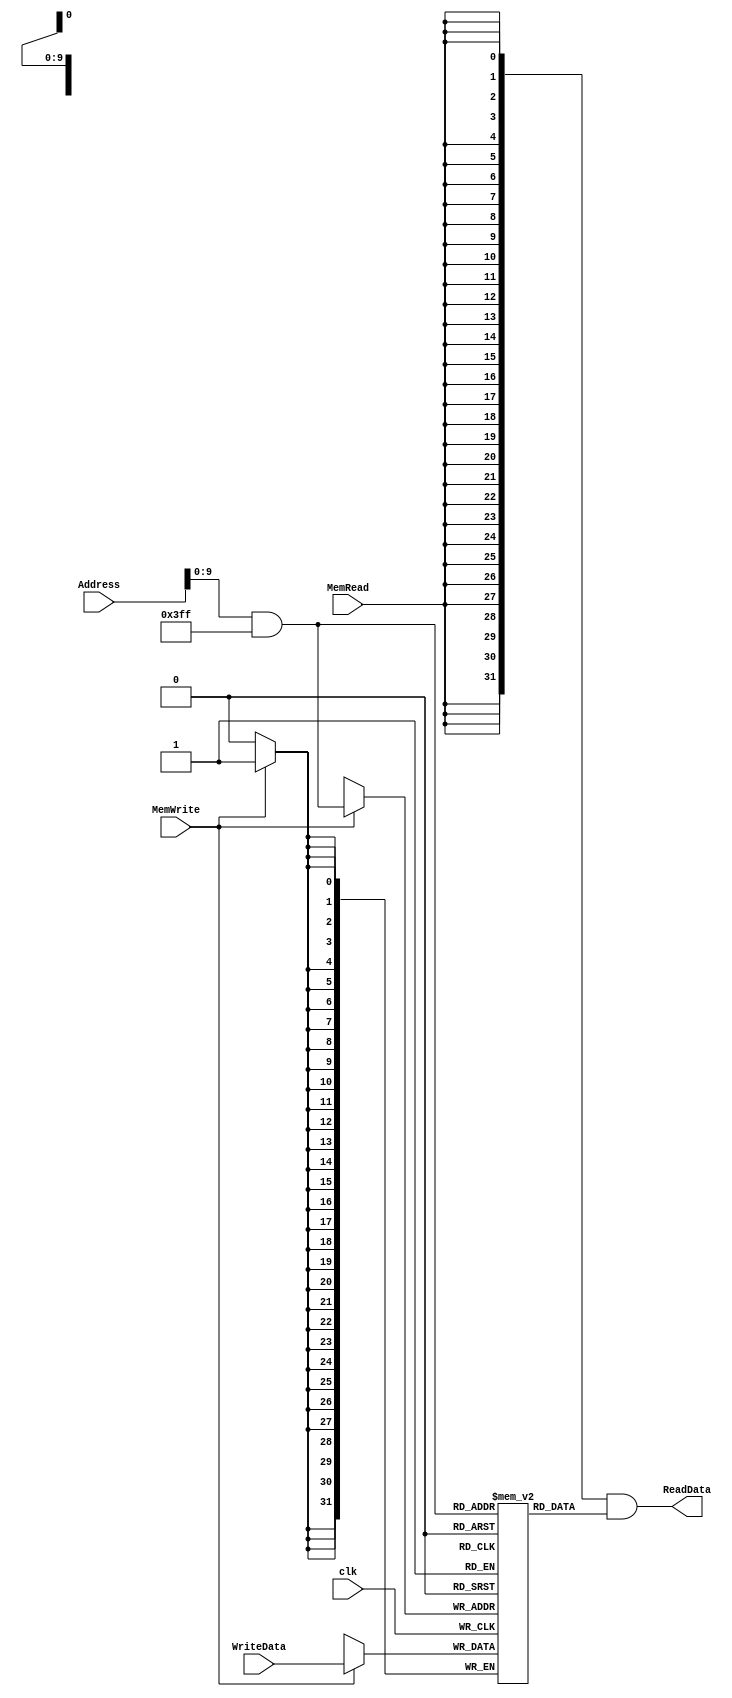
/******************************************************************
 * Description
 *  This is the data memory for the MIPS processor
 *  1.0
 * Author:
 *  Alejandro Rios Jasso
 *  Javier Ochoa Pardo
 * email:
 *  is708932@iteso.mx
 *  is702811@iteso.mx
 * Date:
 *  05/04/2019
 ******************************************************************/

module DataMemory #(parameter DATA_WIDTH = 32,
                    parameter MEMORY_DEPTH = 1024)
                   (input [DATA_WIDTH-1:0] WriteData,
                    input [DATA_WIDTH-1:0] Address,
                    input MemWrite,
                    MemRead,
                    clk,
                    output [DATA_WIDTH-1:0] ReadData);
    
    // Declare the RAM variable
    reg [DATA_WIDTH-1:0] ram[MEMORY_DEPTH-1:0];
    wire [DATA_WIDTH-1:0] ReadDataAux;
    
    always @ (posedge clk)
    begin
        // Write
        if (MemWrite)
            ram[Address & 32'h0000_03ff] <= WriteData;
    end
    assign ReadDataAux = ram[Address & 32'h0000_03ff];
    assign ReadData    = {DATA_WIDTH{MemRead}} & ReadDataAux;
        
endmodule